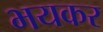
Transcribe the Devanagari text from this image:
भयकर